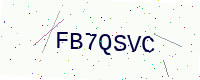
Text: FB7QSVC